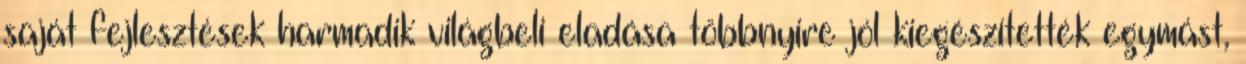
saját fejlesztések harmadik világbeli eladása többnyire jól kiegészítették egymást,